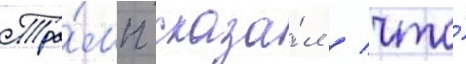
Тра́мп сказа́л / что́